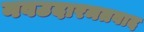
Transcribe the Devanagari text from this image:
नवउदारमतवाद